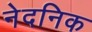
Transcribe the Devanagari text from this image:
नेदनिक